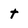
Character: t